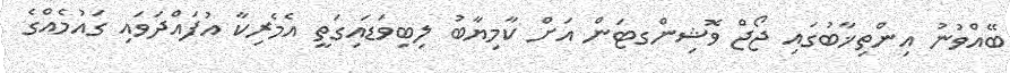
ބޭއްވުނު އިންތިޚާބުގައި ޖޯޖް ވޮޝިންގޓަން އަށް ކާމިޔާބު ލިބިވަޑައިގަތީ އެމެރިކާ އުފައްދަވައި ގައުމެއްގެ